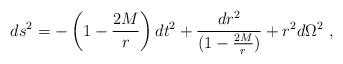
LaTeX: \begin{align*}ds^2=-\left(1-\frac{2M}{r} \right)dt^2+{{dr^2} \over{(1-\frac{2M}{r})}}+r^2 d\Omega^2 \ ,\end{align*}